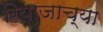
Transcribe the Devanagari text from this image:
रियाजाच्या